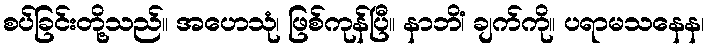
စပ်ခြင်းတို့သည်။ အဟေသုံ၊ ဖြစ်ကုန်ပြီ။ နာဘိံ၊ ချက်ကို။ ပရာမသနေန၊